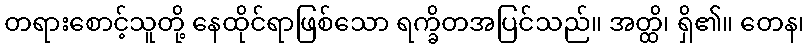
တရားစောင့်သူတို့ နေထိုင်ရာဖြစ်သော ရက္ခိတအပြင်သည်။ အတ္ထိ၊ ရှိ၏။ တေန၊